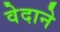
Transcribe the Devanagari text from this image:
वेदाने